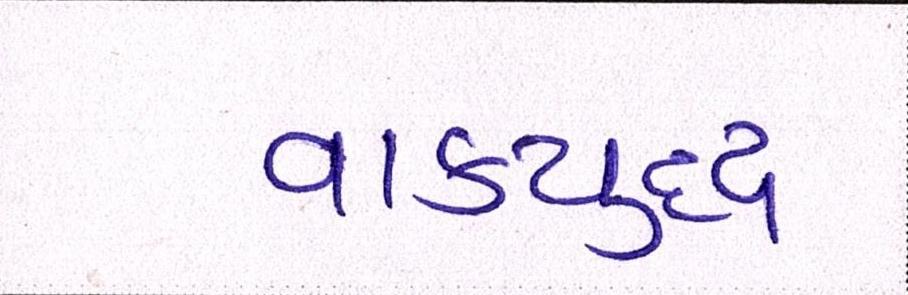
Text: વાકયુદ્ધ